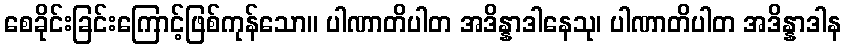
စေခိုင်းခြင်းကြောင့်ဖြစ်ကုန်သော။ ပါဏာတိပါတ အဒိန္နာဒါနေသု၊ ပါဏာတိပါတ အဒိန္နာဒါန